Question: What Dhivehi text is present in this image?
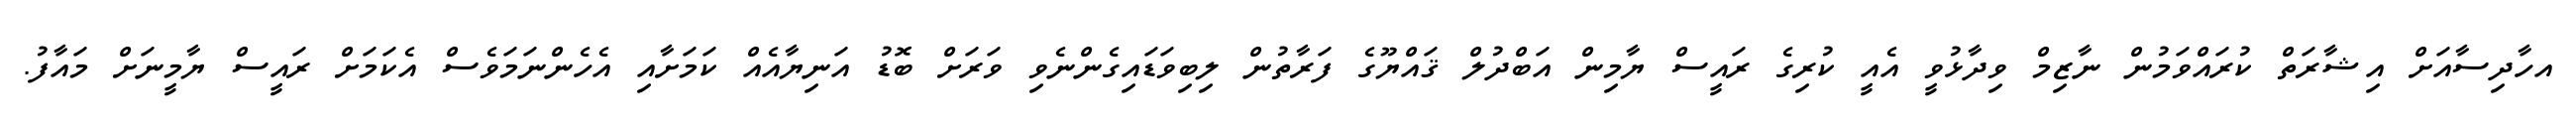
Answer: އހާދިސާއަށް އިޝާރަތް ކުރައްވަމުން ނާޒިމް ވިދާޅުވީ އެއީ ކުރިގެ ރައީސް ޔާމިން އަބްދުލް ޤައްޔޫގެ ފަރާތުން ލިބިވަޑައިގެންނެވި ވަރަށް ބޮޑު އަނިޔާއެއް ކަމަށާއި އެހެންނަމަވެސް އެކަމަށް ރައީސް ޔާމީނަށް މައާފު.